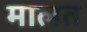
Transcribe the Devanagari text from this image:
मालत